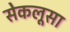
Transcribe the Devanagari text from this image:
सेकलूसा